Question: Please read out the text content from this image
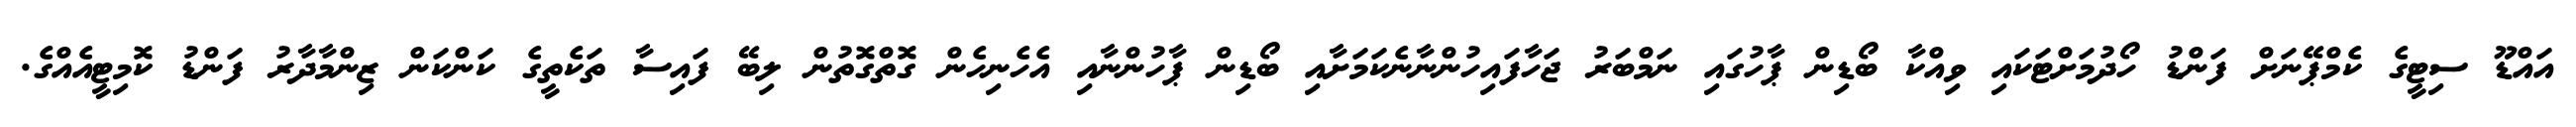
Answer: އައްޑޫ ސިޓީގެ ކެމްޕޭނަށް ފަންޑު ހޯދުމަށްޓަކައި ވިއްކާ ބޯޑިން ޕާހުގައި ނަމްބަރު ޖަހާފައިހުންނާނެކަމަށާއި ބޯޑިން ޕާހުންނާއި އެހެނިހެން ގޮތްގޮތުން ލިބޭ ފައިސާ ތަކެތީގެ ކަންކަން ޒިންމާދާރު ފަންޑު ކޮމިޓީއެއްގެ.